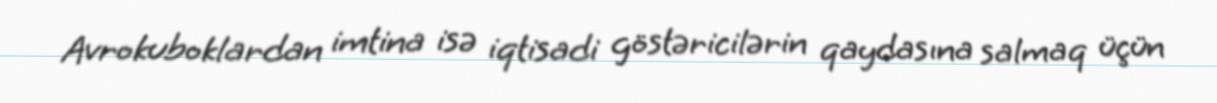
Avrokuboklardan imtina isə iqtisadi göstəricilərin qaydasına salmaq üçün